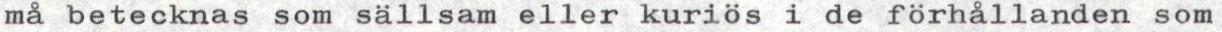
må betecknas som sällsam eller kuriös i de förhållanden som